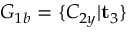
G _ { 1 b } = \{ C _ { 2 y } | \mathbf { t } _ { 3 } \}